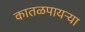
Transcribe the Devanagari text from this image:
कातळपायऱ्या